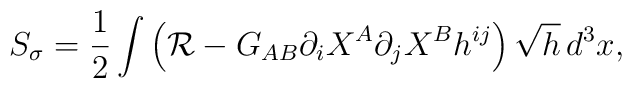
S_\sigma=\frac{1}{2}\int \left({\cal R}-G_{AB}\partial_iX^A\partial_jX^B h^{ij}\right)\sqrt{h}\,d^3x,